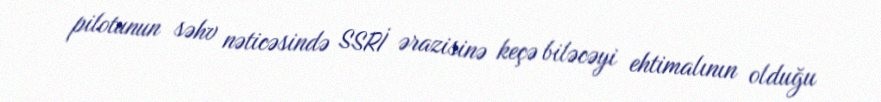
pilotunun səhv nəticəsində SSRİ ərazisinə keçə biləcəyi ehtimalının olduğu